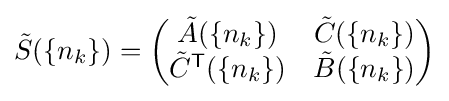
{\tilde {S}}(\{n_{k}\})={\begin{pmatrix}{\tilde {A}}(\{n_{k}\})&{\tilde {C}}(\{n_{k}\})\\{\tilde {C}}^{\mathsf {T}}(\{n_{k}\})&{\tilde {B}}(\{n_{k}\})\\\end{pmatrix}}